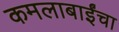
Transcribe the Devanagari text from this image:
कमलाबाईंचा